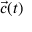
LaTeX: { \vec { c } } ( t )